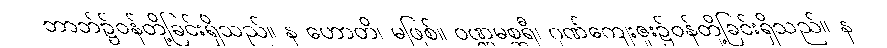
ဘာဘ်၌ဝန်တို့ခြင်းရှိသည်။ န ဟောတိ၊ မဖြစ်။ ဝဏ္ဏမစ္ဆရီ၊ ဂုဏ်ကျေးဇူး၌ဝန်တို့ခြင်းရှိသည်။ န